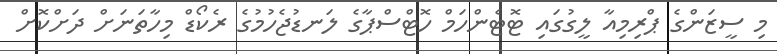
މި ސީޒަންގެ ޕްރިމިއާ ލީގުގައި ޓޮޓެންހަމް ހޮޓްސްޕާގެ ލަނޑުޖެހުމުގެ ރެކޯޑް މިހާތަނަށް ދަށްކޮށް